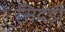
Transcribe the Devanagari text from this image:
सिदड़ी